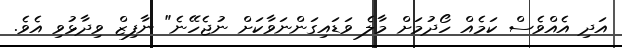
އަދި އެއްވެސް ކަމެއް ހޯދުމަށް މާލެ ވަޑައިގަންނަވާކަށް ނުޖެހޭނެ" ނާފިޒް ވިދާޅުވި އެވެ.